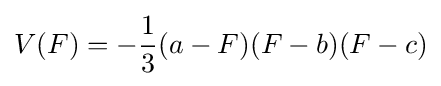
V(F)=-{\frac {1}{3}}(a-F)(F-b)(F-c)